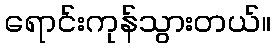
ရောင်းကုန်သွားတယ်။